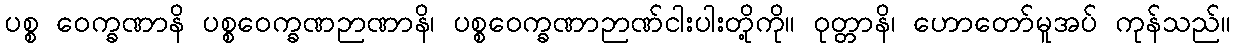
ပစ္စ ဝေက္ခဏာနိ ပစ္စဝေက္ခဏဉာဏာနိ၊ ပစ္စဝေက္ခဏာဉာဏ်ငါးပါးတို့ကို။ ဝုတ္တာနိ၊ ဟောတော်မူအပ် ကုန်သည်။